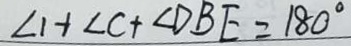
\angle 1 + \angle C + \angle D B E = 1 8 0 ^ { \circ }